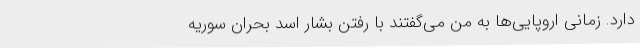
دارد. زمانی اروپایی‌ها به من می‌گفتند با رفتن بشار اسد بحران سوریه